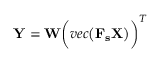
\begin{array} { r } { \mathbf { Y } = \mathbf { W } \bigg ( { v e c } \big ( \mathbf { F _ { s } } \mathbf { X } \big ) \bigg ) ^ { T } } \end{array}